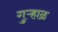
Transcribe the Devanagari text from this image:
गुऱ्हाळ